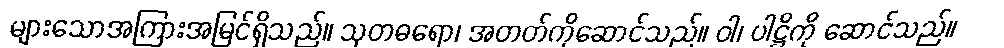
များသောအကြားအမြင်ရှိသည်။ သုတဓရော၊ အတတ်ကိုဆောင်သည်။ ဝါ၊ ပါဋ္ဌိကို ဆောင်သည်။